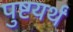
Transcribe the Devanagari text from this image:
पुष्टयर्थं